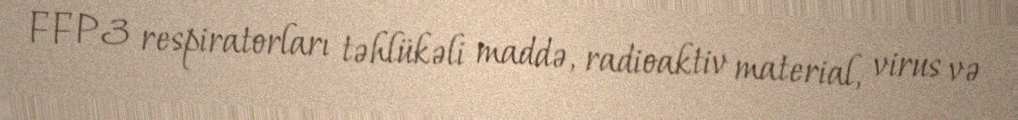
FFP3 respiratorları təhlükəli maddə, radioaktiv material, virus və